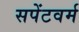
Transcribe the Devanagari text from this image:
सपेंटवर्म